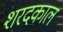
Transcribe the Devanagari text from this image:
शरदकाल